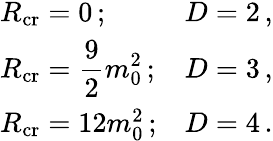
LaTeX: \begin{array}{ll}{{R_{\mathrm{cr}}=0\, ;}}&{{D=2\, ,}}\\ {{\displaystyle R_{\mathrm{cr}}=\frac{9}{2}m_{0}^{2}\, ;}}&{{D=3\, ,}}\\ {{R_{\mathrm{cr}}=12m_{0}^{2}\, ;}}&{{D=4\, .}}\end{array}